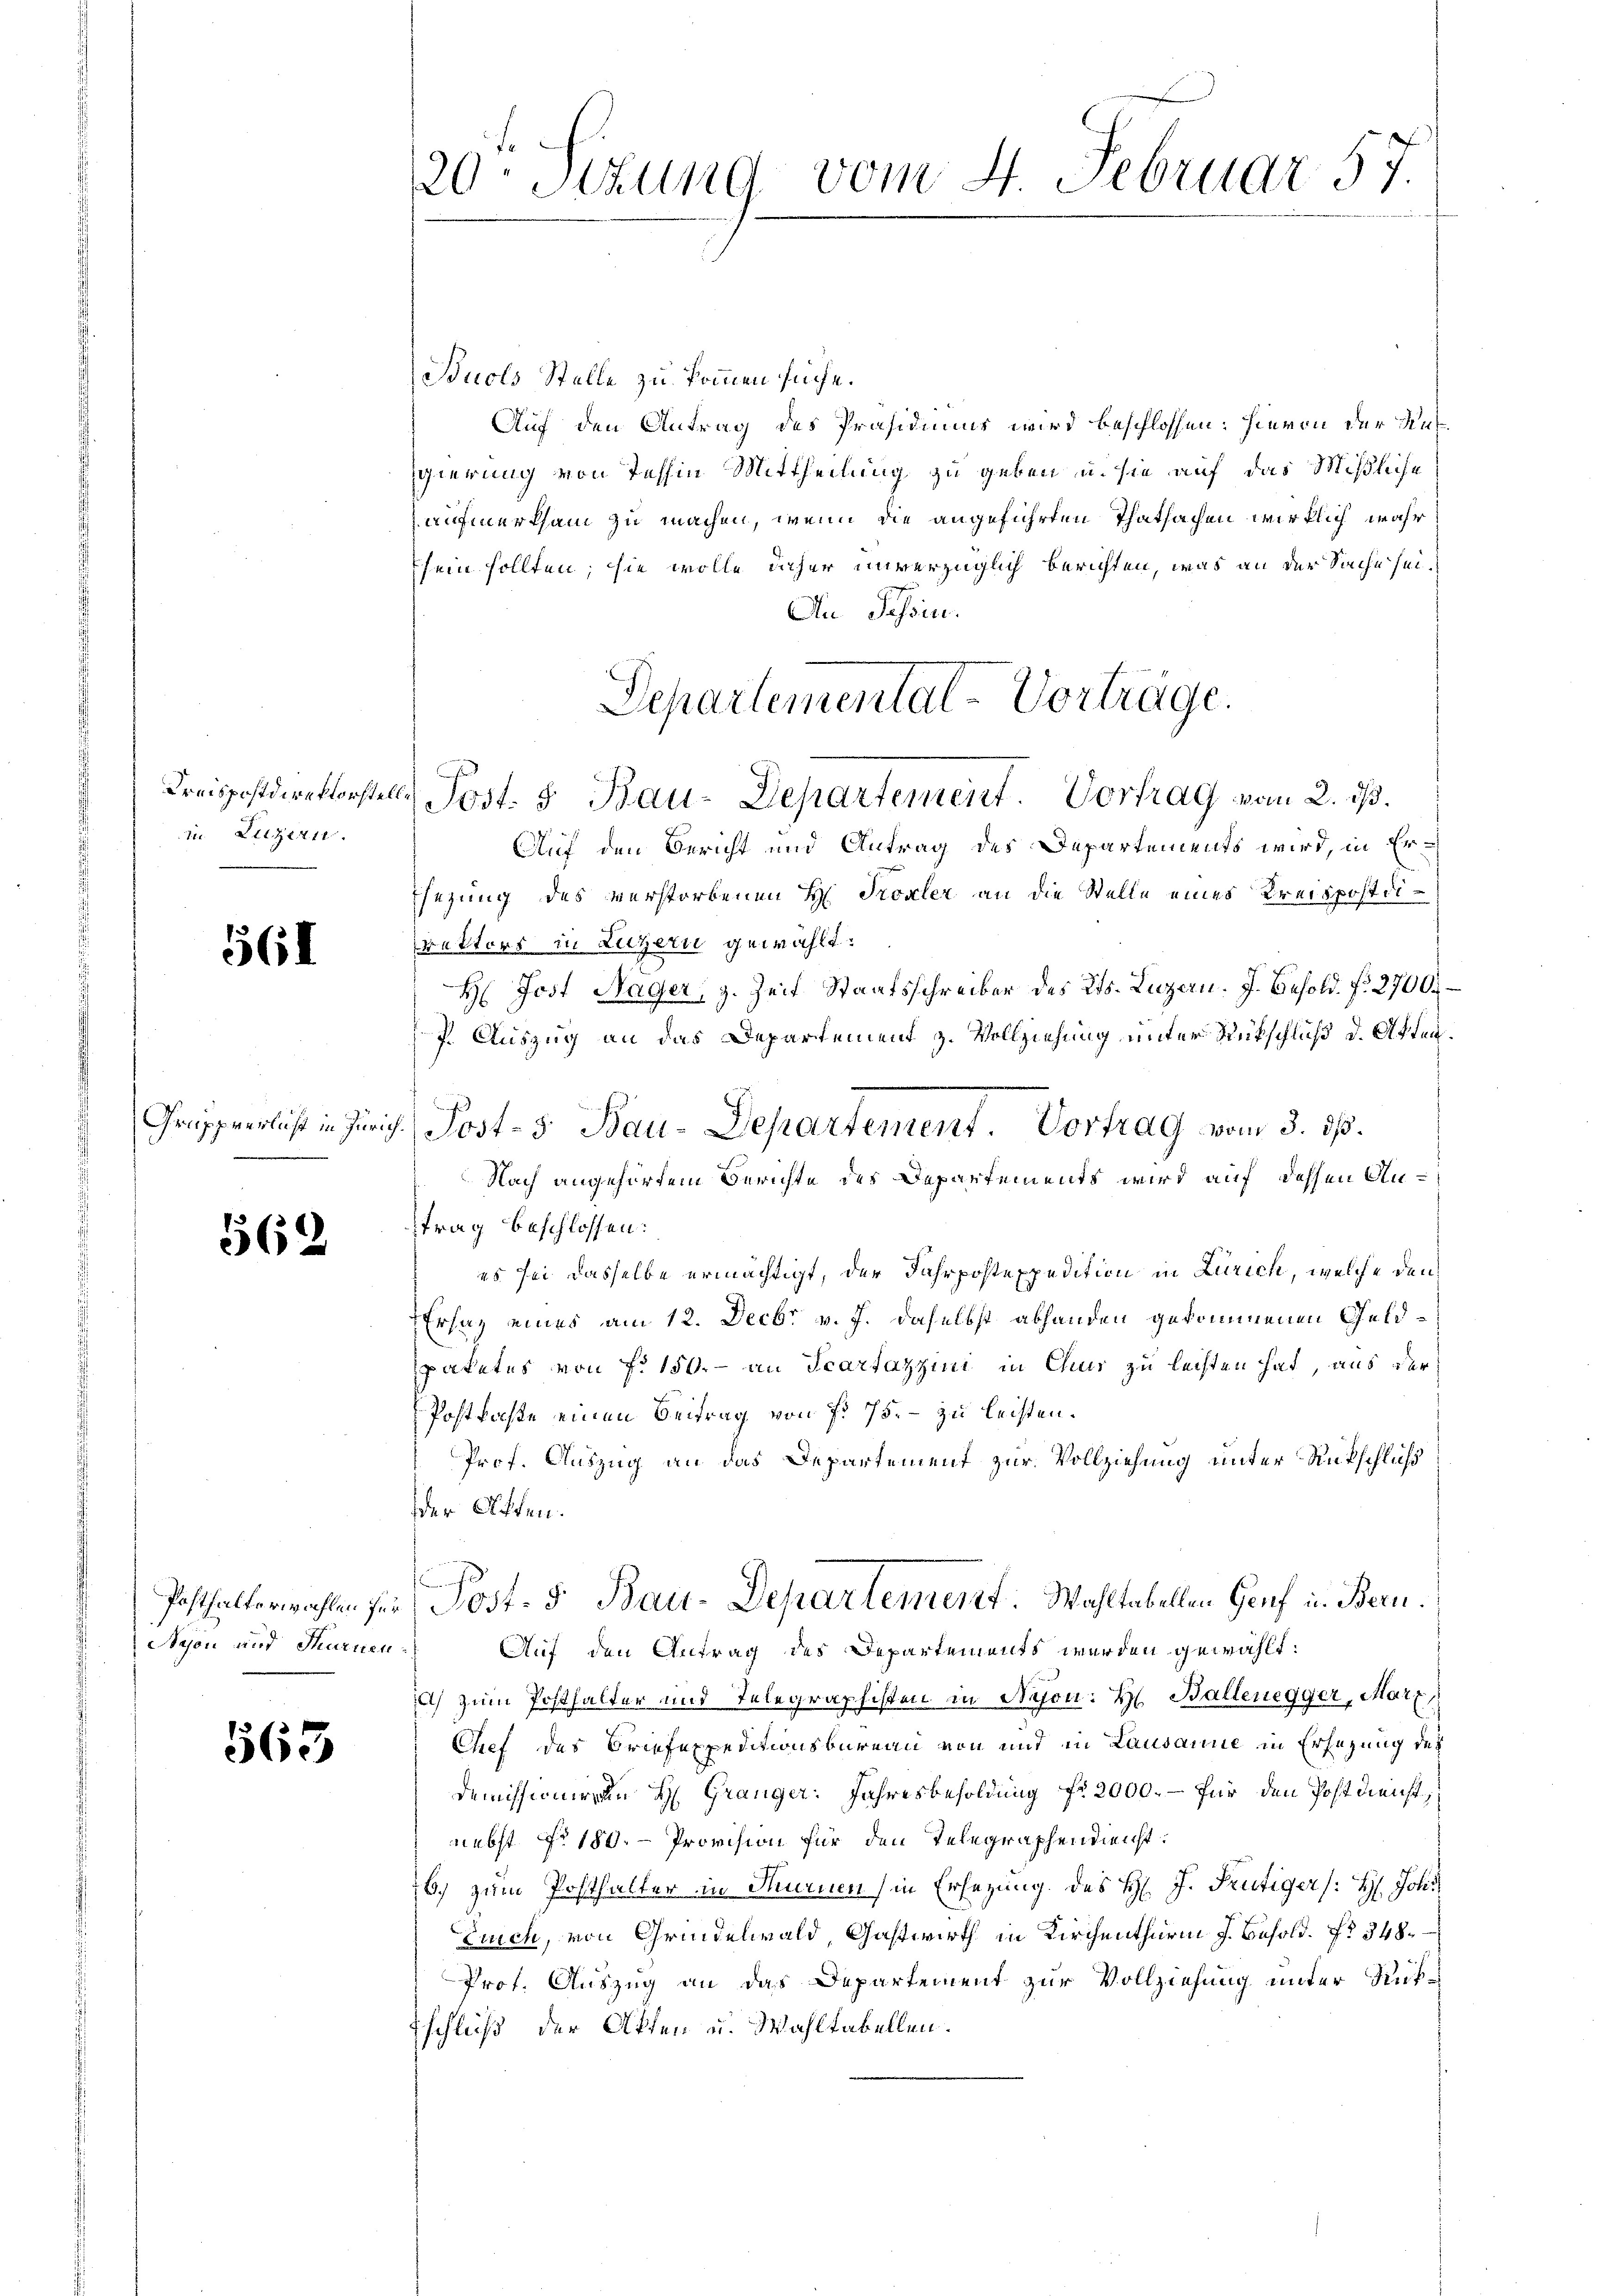
in Luzern.

561

562.

Buols Stelle zu kommen suche.
Auf den Antrag des Präsidiums wird beschlossen: hievon der Aufgierung von Tessin Mittheilung zu geben u. sie auf das Mißliche
aufmerksam zu machen, wenn die angeführten Thatsachen wirklich wahr
sein sollten; sie wolle daher unverzüglich berichten, was an der Sache sei¬
Au Tessin.
Kreispostdirektorstelle Post. 5. Bau-Departement. Vortrag vom 2. ds.
Auf den Bericht und Antrag des Departements wird, in Er¬
Esezung des verstorbenen H. Troxler an die Stelle eines Kreispostdirektors in Luzern gewählt.
H. Jost Nager, z. Zeit Staatsschreiber des Kts. Luzern. J. Besold. f. 2700
7. Auszug an das Departement z. Vollziehung unter Rückschluß d. Akten.
Grupperlicht in Zürich. Post- & Bau-Departement. Vortrag vom 3. ds.
Nach angehörtem Berichte des Departements wird auf dessen Antrag beschlossen:
es sei dasselbe ermächtigt, der Fahrpostexpedition in Zürich, welche den
Ersatz eines am 12. Decbr v. J. daselbst abhanden gekommenen Geldpaketes von f. 150.- an Scartazzini in Chur zu leisten hat, aus der
Postkochte einen Beitrag von f. 75. – zu leisten.
Prof. Auszug an das Departement zur Vollziehung unter Rutschluß
der Affen.

.
Posthalterwahlen für Post- 5. Bau-Departement. Wahltabellen Genf in Bern.
Auf den Antrag des Departements werden gewählt:
a) zum Posthalter und Telegraphisten in Nyon: H. Baltenegger, Marz,
Chef des Briefexpeditionsbureau von und in Lausanne in Ersezung des
Demissioniren H. Gränger: Jahresbesoldung fr 2000. – für den Postdienst,
nebst No 180. - Provision für den Telegraphendienst:
6.) zum Posthalter in Turnen in Ersezung des H. J. Frutiger (: H: Johs
Euich, von Grindelwald Gastwirth in Kirchenthurm J. Besold. No. 348.
Prof. Auszug an das Departement zur Vollziehung unter Rückschluß der Akten u. Wahltabellen.

Schon und Thurnen¬

563

20. Sizung vom 4. Februar 57.

Departemental-Vorträge.